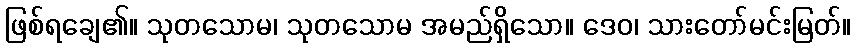
ဖြစ်ရချေ၏။ သုတသောမ၊ သုတသောမ အမည်ရှိသော။ ဒေဝ၊ သားတော်မင်းမြတ်။